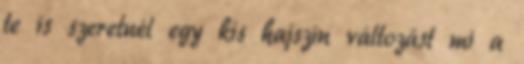
te is szeretnél egy kis hajszín változást mi a